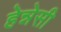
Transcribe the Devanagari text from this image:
हेन्नेसी